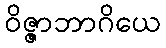
ဝိဇ္ဇာဘာဂိယေ